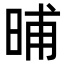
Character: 晡